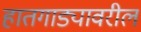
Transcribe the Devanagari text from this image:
हातगाड्यावरील